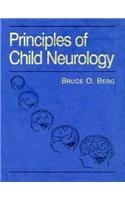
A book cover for Principles of Child Neurology; Bruce O. Berg; Health, Fitness & Dieting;